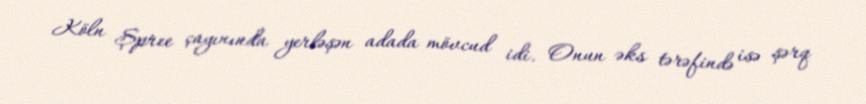
Köln Şpree çayınında yerləşən adada mövcud idi. Onun əks tərəfində isə şərq